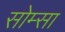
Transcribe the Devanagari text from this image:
सोम्सा